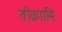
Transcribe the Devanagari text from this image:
तीव्रगामि